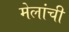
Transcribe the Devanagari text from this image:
मेलांची